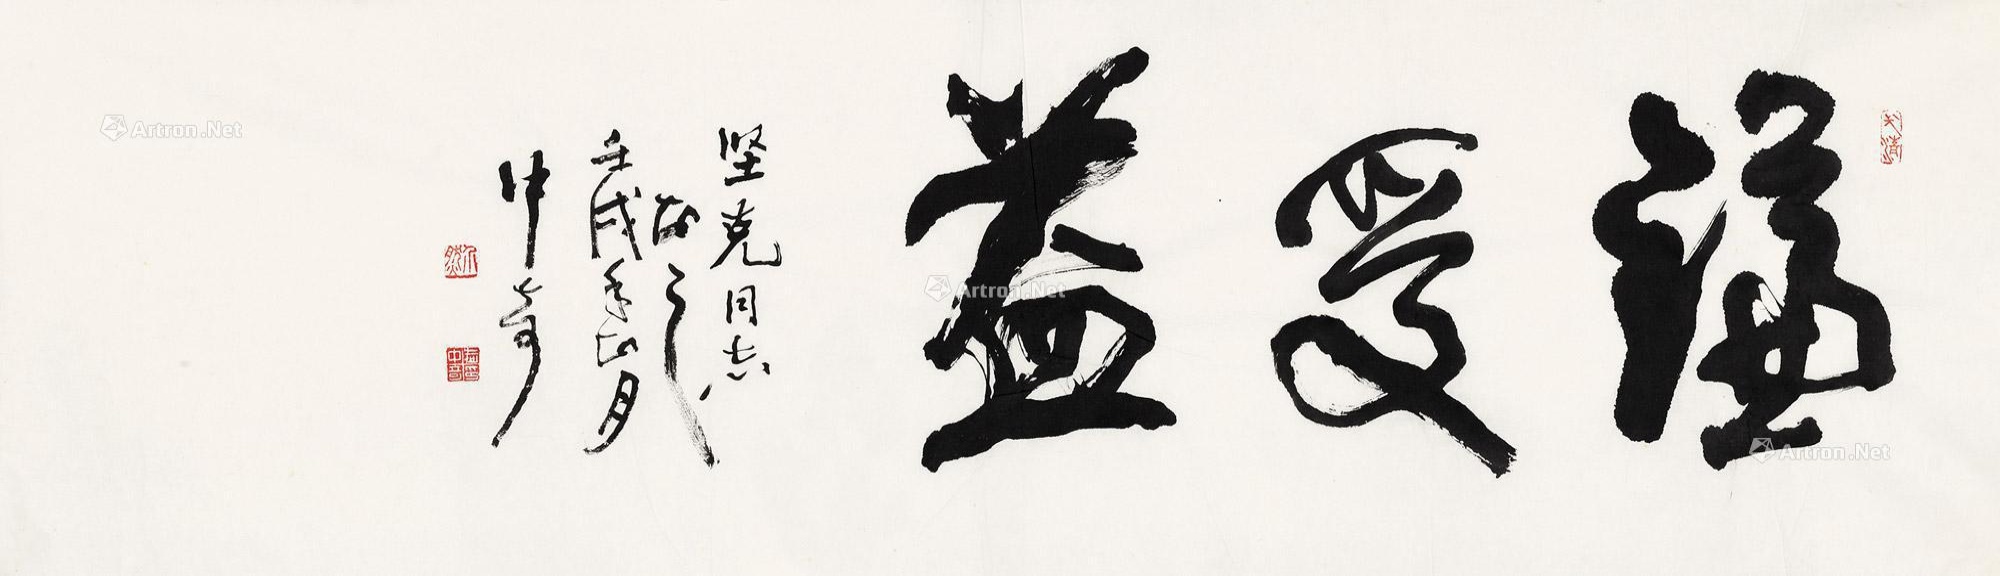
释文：谦受益。坚克同志正之，壬戌年正月，中奇。